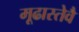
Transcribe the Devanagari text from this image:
मूढास्तेवै